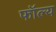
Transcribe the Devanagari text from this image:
फॉल्य